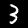
Digit: 3